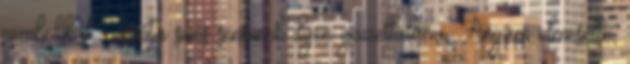
combokkal - azóta sincs senkinek ilyen gazellalába. Anyám elmesélte,